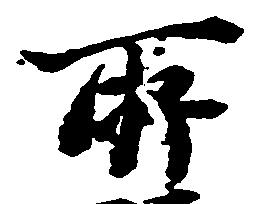
所